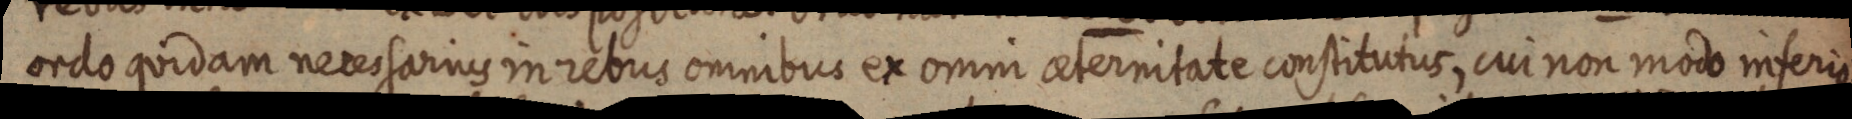
ordo quidam necessarius in rebus omnibus ex omni aeternitate constitutus, cui non modo inferis